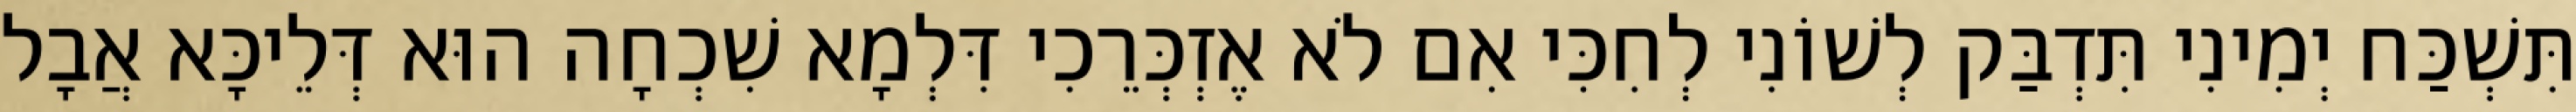
תִּשְׁכַּח יְמִינִי תִּדְבַּק לְשׁוֹנִי לְחִכִּי אִם לֹא אֶזְכְּרֵכִי דִּלְמָא שִׁכְחָה הוּא דְּלֵיכָּא אֲבָל